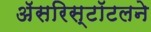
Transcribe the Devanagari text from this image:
अॅसरिस्टॉटलने